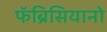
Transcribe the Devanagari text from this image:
फॅब्रिसियानो